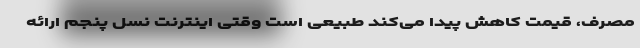
مصرف، قیمت کاهش پیدا می‌کند طبیعی است وقتی اینترنت نسل پنجم ارائه